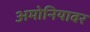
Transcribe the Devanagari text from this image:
अमोनियावर